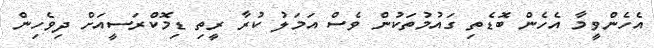
އެހެންވީމާ އެހެން ބޮޑެތި ގައުމުތަކުން ވެސް އަމަލު ކުރާ ރީތި ޑިމޮކްރަސީއަށް ދިވެހިން